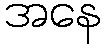
အနေ